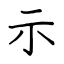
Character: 示